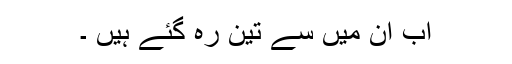
اب ان میں سے تین رہ گئے ہیں ۔